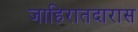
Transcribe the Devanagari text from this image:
जाहिरातदारास